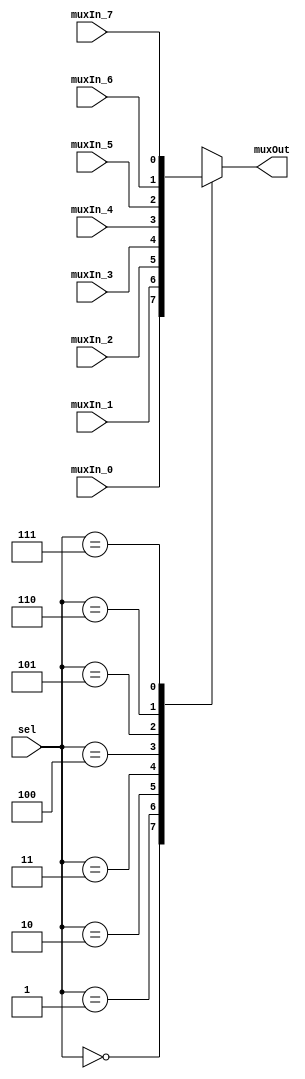
// This program was cloned from: https://github.com/RonnyA/nd-120
// License: MIT License

/******************************************************************************
 **                                                                          **
 ** Component : Multiplexer_8                                                **
 **                                                                          **
 *****************************************************************************/

module Multiplexer_8(
    input  muxIn_0,
    input  muxIn_1,
    input  muxIn_2,
    input  muxIn_3,
    input  muxIn_4,
    input  muxIn_5,
    input  muxIn_6,
    input  muxIn_7,
    input  [2:0] sel,
    output reg muxOut
);

    // Logic for the 8-to-1 multiplexer
    always @(*) begin
        case (sel)
            3'b000: muxOut = muxIn_0; // Select input 0
            3'b001: muxOut = muxIn_1; // Select input 1
            3'b010: muxOut = muxIn_2; // Select input 2
            3'b011: muxOut = muxIn_3; // Select input 3
            3'b100: muxOut = muxIn_4; // Select input 4
            3'b101: muxOut = muxIn_5; // Select input 5
            3'b110: muxOut = muxIn_6; // Select input 6
            3'b111: muxOut = muxIn_7; // Select input 7
            default: muxOut = 1'bx;   // Undefined state
        endcase
    end

endmodule